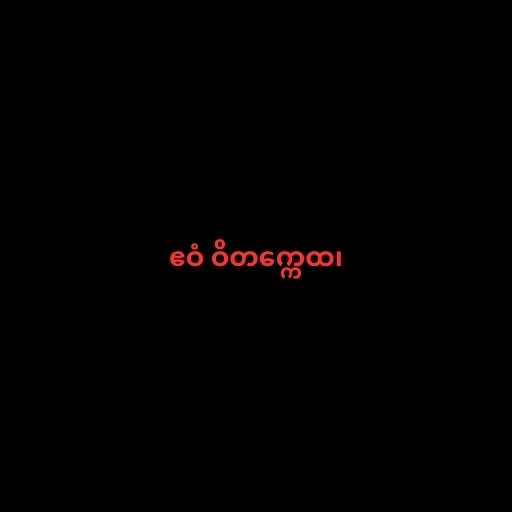
ဧဝံ ဝိတက္ကေထ၊